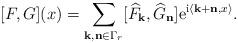
LaTeX: \begin{align*}[F,G](x)=\sum_{{\bf k,n}\in \Gamma_{r}} [\widehat{F}_{\bf k},\widehat{G}_{\bf n}] {\rm e}^{{\rm i}\langle {\bf k+n},x \rangle}. \end{align*}